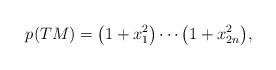
LaTeX: \begin{gather*}p(TM) = \big(1+x_1^2\big)\cdots \big(1+x_{2n}^2\big),\end{gather*}